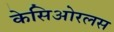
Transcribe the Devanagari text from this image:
केसिओरलस